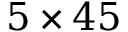
5 \times 4 5